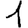
Digit: 1